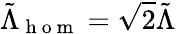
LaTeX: \tilde{\Lambda}_{\mathrm{~h~o~m~}}=\sqrt{2}\tilde{\Lambda}